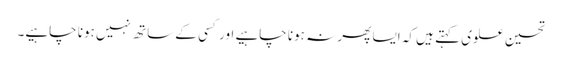
تحسین علوی کہتے ہیں کہ ایسا پھر نہ ہونا چاہیے اور کسی کے ساتھ نہیں ہونا چاہیے۔